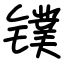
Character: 镤